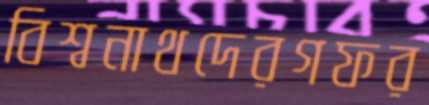
বিশ্বনাথদেরগফর